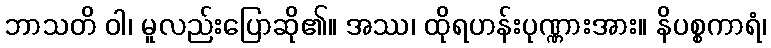
ဘာသတိ ဝါ၊ မူလည်းပြောဆို၏။ အဿ၊ ထိုရဟန်းပုဏ္ဏားအား။ နိပစ္စကာရံ၊